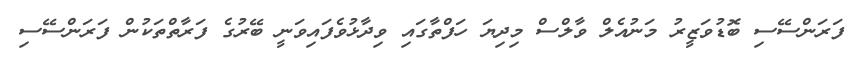
ފަރަންސޭސި ބޮޑުވަޒީރު މަނުއެލް ވާލްސް މިދިޔަ ހަފްތާގައި ވިދާޅުވެފައިވަނީ ބޭރުގެ ފަރާތްތަކުން ފަރަންސޭސި